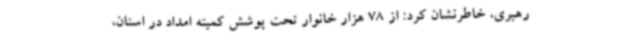
رهبری، خاطرنشان کرد: از 78 هزار خانوار تحت پوشش کمیته امداد در استان،